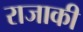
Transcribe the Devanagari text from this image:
राजाकी